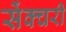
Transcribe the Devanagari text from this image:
सेंक्चरी